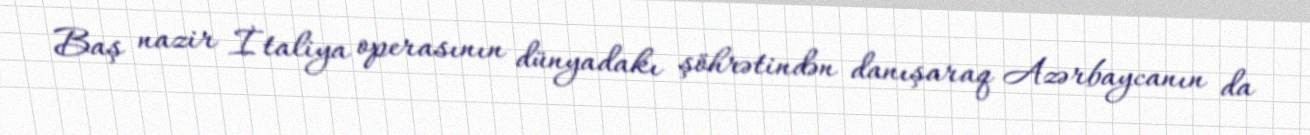
Baş nazir İtaliya operasının dünyadakı şöhrətindən danışaraq Azərbaycanın da